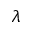
\lambda